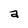
Character: a